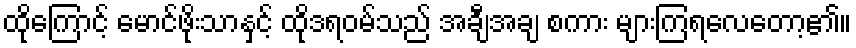
ထိုကြောင့် မောင်ဖိုးသာနှင့် ထိုဒရဝမ်သည် အချီအချ စကား များကြရလေတော့၏။